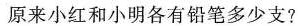
原来小红和小明各有铅笔多少支?